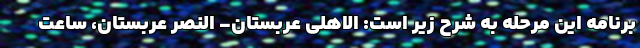
برنامه این مرحله به شرح زیر است: الاهلی عربستان- النصر عربستان، ساعت